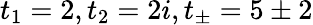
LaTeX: t_{1}=2,t_{2}=2i,t_{\pm}=5\pm 2